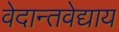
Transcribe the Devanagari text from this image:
वेदान्तवेद्याय